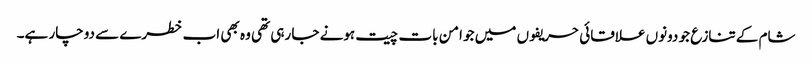
شام کے تنازع جو دونوں علاقائی حریفوں میں جو امن بات چیت ہونے جا رہی تھی وہ بھی اب خطرے سے دوچار ہے۔